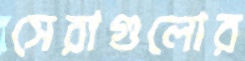
সেরাগুলোর